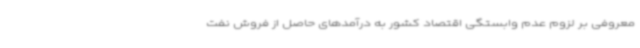
معروفی بر لزوم عدم وابستگی اقتصاد کشور به درآمدهای حاصل از فروش نفت